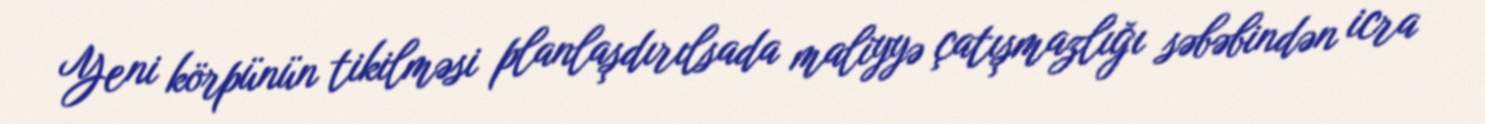
Yeni körpünün tikilməsi planlaşdırılsada maliyyə çatışmazlığı səbəbindən icra